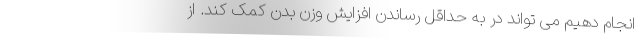
انجام دهیم می تواند در به حداقل رساندن افزایش وزن بدن کمک کند. از